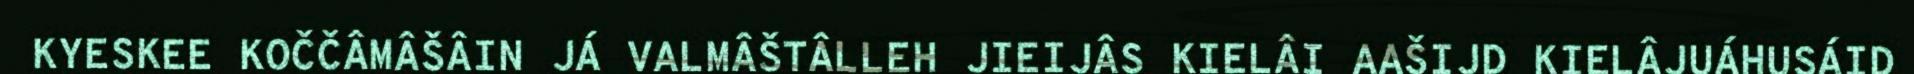
KYESKEE KOČČÂMÂŠÂIN JÁ VALMÂŠTÂLLEH JIEIJÂS KIELÂI AAŠIJD KIELÂJUÁHUSÁID